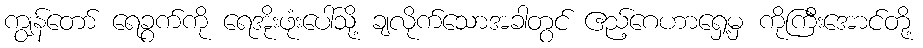
ကျွန်တော် ရေခွက်ကို ရေအိုးဖုံးပေါ်သို့ ချလိုက်သောအခါတွင် ဧည့်ဂေဟာရှေ့မှ ကိုကြီးအောင်တို့